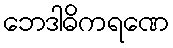
ဘေဒါဓိကရဏေ